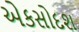
એકસોદશ